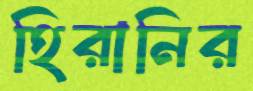
হিরানির